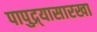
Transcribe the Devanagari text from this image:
पापुद्र्यासारखा